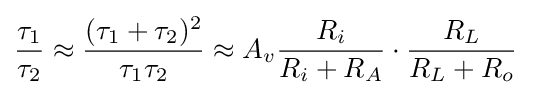
{\frac {\tau _{1}}{\tau _{2}}}\approx {\frac {(\tau _{1}+\tau _{2})^{2}}{\tau _{1}\tau _{2}}}\approx A_{v}{\frac {R_{i}}{R_{i}+R_{A}}}\cdot {\frac {R_{L}}{R_{L}+R_{o}}}\